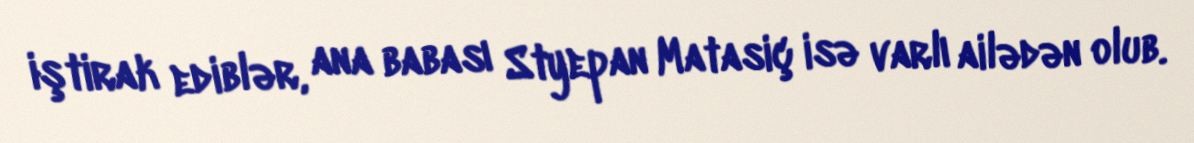
iştirak ediblər, ana babası Styepan Matasiç isə varlı ailədən olub.